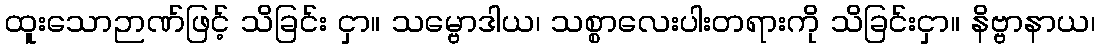
ထူးသောဉာဏ်ဖြင့် သိခြင်း ငှာ။ သမ္ဗောဒါယ၊ သစ္စာလေးပါးတရားကို သိခြင်းငှာ။ နိဗ္ဗာနာယ၊